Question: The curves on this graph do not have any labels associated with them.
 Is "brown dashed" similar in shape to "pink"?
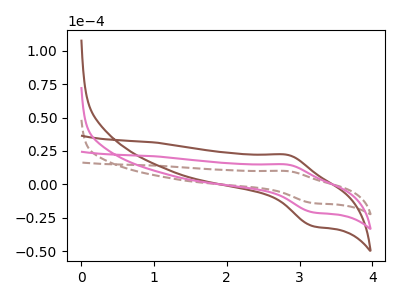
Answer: <think>The brown dashed curve "brown dashed" has an anodic peak at (2.85V, 9.90uA) and a cathodic peak at (3.20V, -14.05uA). The brown curve "brown" has an anodic peak at (2.85V, 29.60uA) and a cathodic peak at (3.20V, -41.95uA). The pink curve "pink" has an anodic peak at (2.85V, 14.80uA) and a cathodic peak at (3.20V, -21.00uA).
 All the peaks in "brown dashed" have a peak in "pink" at the same potential. Every peak in "brown dashed" is lower than every peak in "pink".</think>
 <answer>"brown dashed" and "pink" are similar in shape.</answer>
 <eval>same_shape</eval>